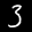
Label: 3